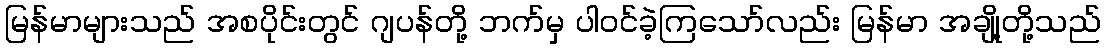
မြန်မာများသည် အစပိုင်းတွင် ဂျပန်တို့ ဘက်မှ ပါဝင်ခဲ့ကြသော်လည်း မြန်မာ အချို့တို့သည်